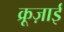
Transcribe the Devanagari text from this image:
क्रूज़ाई